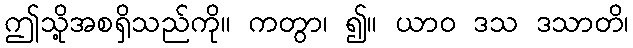
ဤသို့အစရှိသည်ကို။ ကတွာ၊ ၍။ ယာဝ ဒသ ဒသာတိ၊